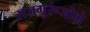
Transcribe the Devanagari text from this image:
राजगुरूंजोगे